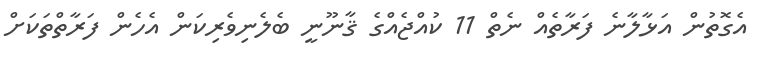
އެގޮތުން އަޅާލާނެ ފަރާތެއް ނެތް 11 ކުއްޖެއްގެ ޤާނޫނީ ބެލެނިވެރިކަން އެހެން ފަރާތްތަކަށް